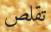
تقلص